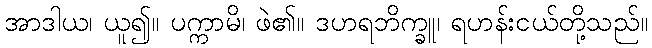
အာဒါယ၊ ယူ၍။ ပက္ကာမိ၊ ဖဲ၏။ ဒဟရဘိက္ခူ၊ ရဟန်းငယ်တို့သည်။